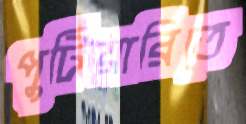
পুটিয়ারিতে